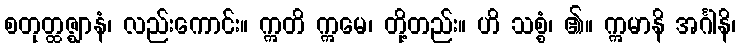
စတုတ္ထဇ္ဈာနံ၊ လည်းကောင်း။ ဣတိ ဣမေ၊ တို့တည်း။ ဟိ သစ္စံ၊ ၏။ ဣမာနိ အင်္ဂါနိ၊